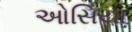
ઓસિયા